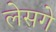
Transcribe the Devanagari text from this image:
लेसगे